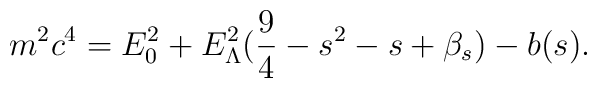
m^2 c^4 = E_0^2 + E_{\Lambda}^2 ( \frac{9}{4} - s^2 - s + \beta_s ) - b(s).